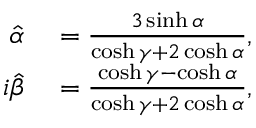
\begin{array} { r l } { \hat { \alpha } } & { { } = \frac { 3 \sinh \alpha } { \cosh \gamma + 2 \cosh \alpha } , } \\ { i \hat { \beta } } & { { } = \frac { \cosh \gamma - \cosh \alpha } { \cosh \gamma + 2 \cosh \alpha } , } \end{array}